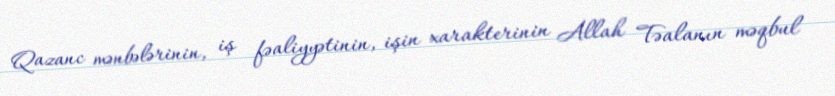
Qazanc mənbələrinin, iş fəaliyyətinin, işin xarakterinin Allah Təalanın məqbul